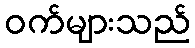
ဝက်များသည်